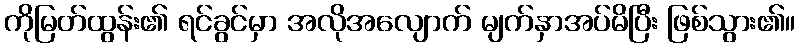
ကိုမြတ်ထွန်း၏ ရင်ခွင်မှာ အလိုအလျောက် မျက်နှာအပ်မိပြီး ဖြစ်သွား၏။